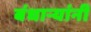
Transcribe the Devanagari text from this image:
बंधाऱ्यांनी